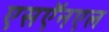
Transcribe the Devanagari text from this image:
एसऍनएल